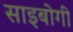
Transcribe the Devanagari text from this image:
साइबोगी